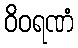
ဝိဝရဏံ